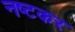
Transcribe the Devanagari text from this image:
नष्टकर